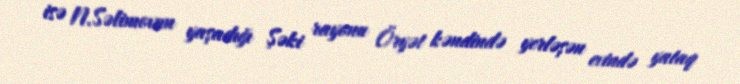
isə N.Səlimovun yaşadığı Şəki rayonu Öryət kəndində yerləşən evində yataq